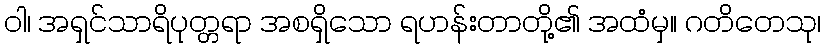
ဝါ၊ အရှင်သာရိပုတ္တရာ အစရှိသော ရဟန်းတာတို့၏ အထံမှ။ ဂတိတေသု၊